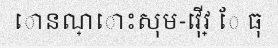
ោនណ្ោះសុម-វ៉ើវ្ ែ ធុ